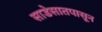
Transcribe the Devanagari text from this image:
साडेसातपासून